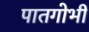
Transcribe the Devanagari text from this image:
पातगोभी